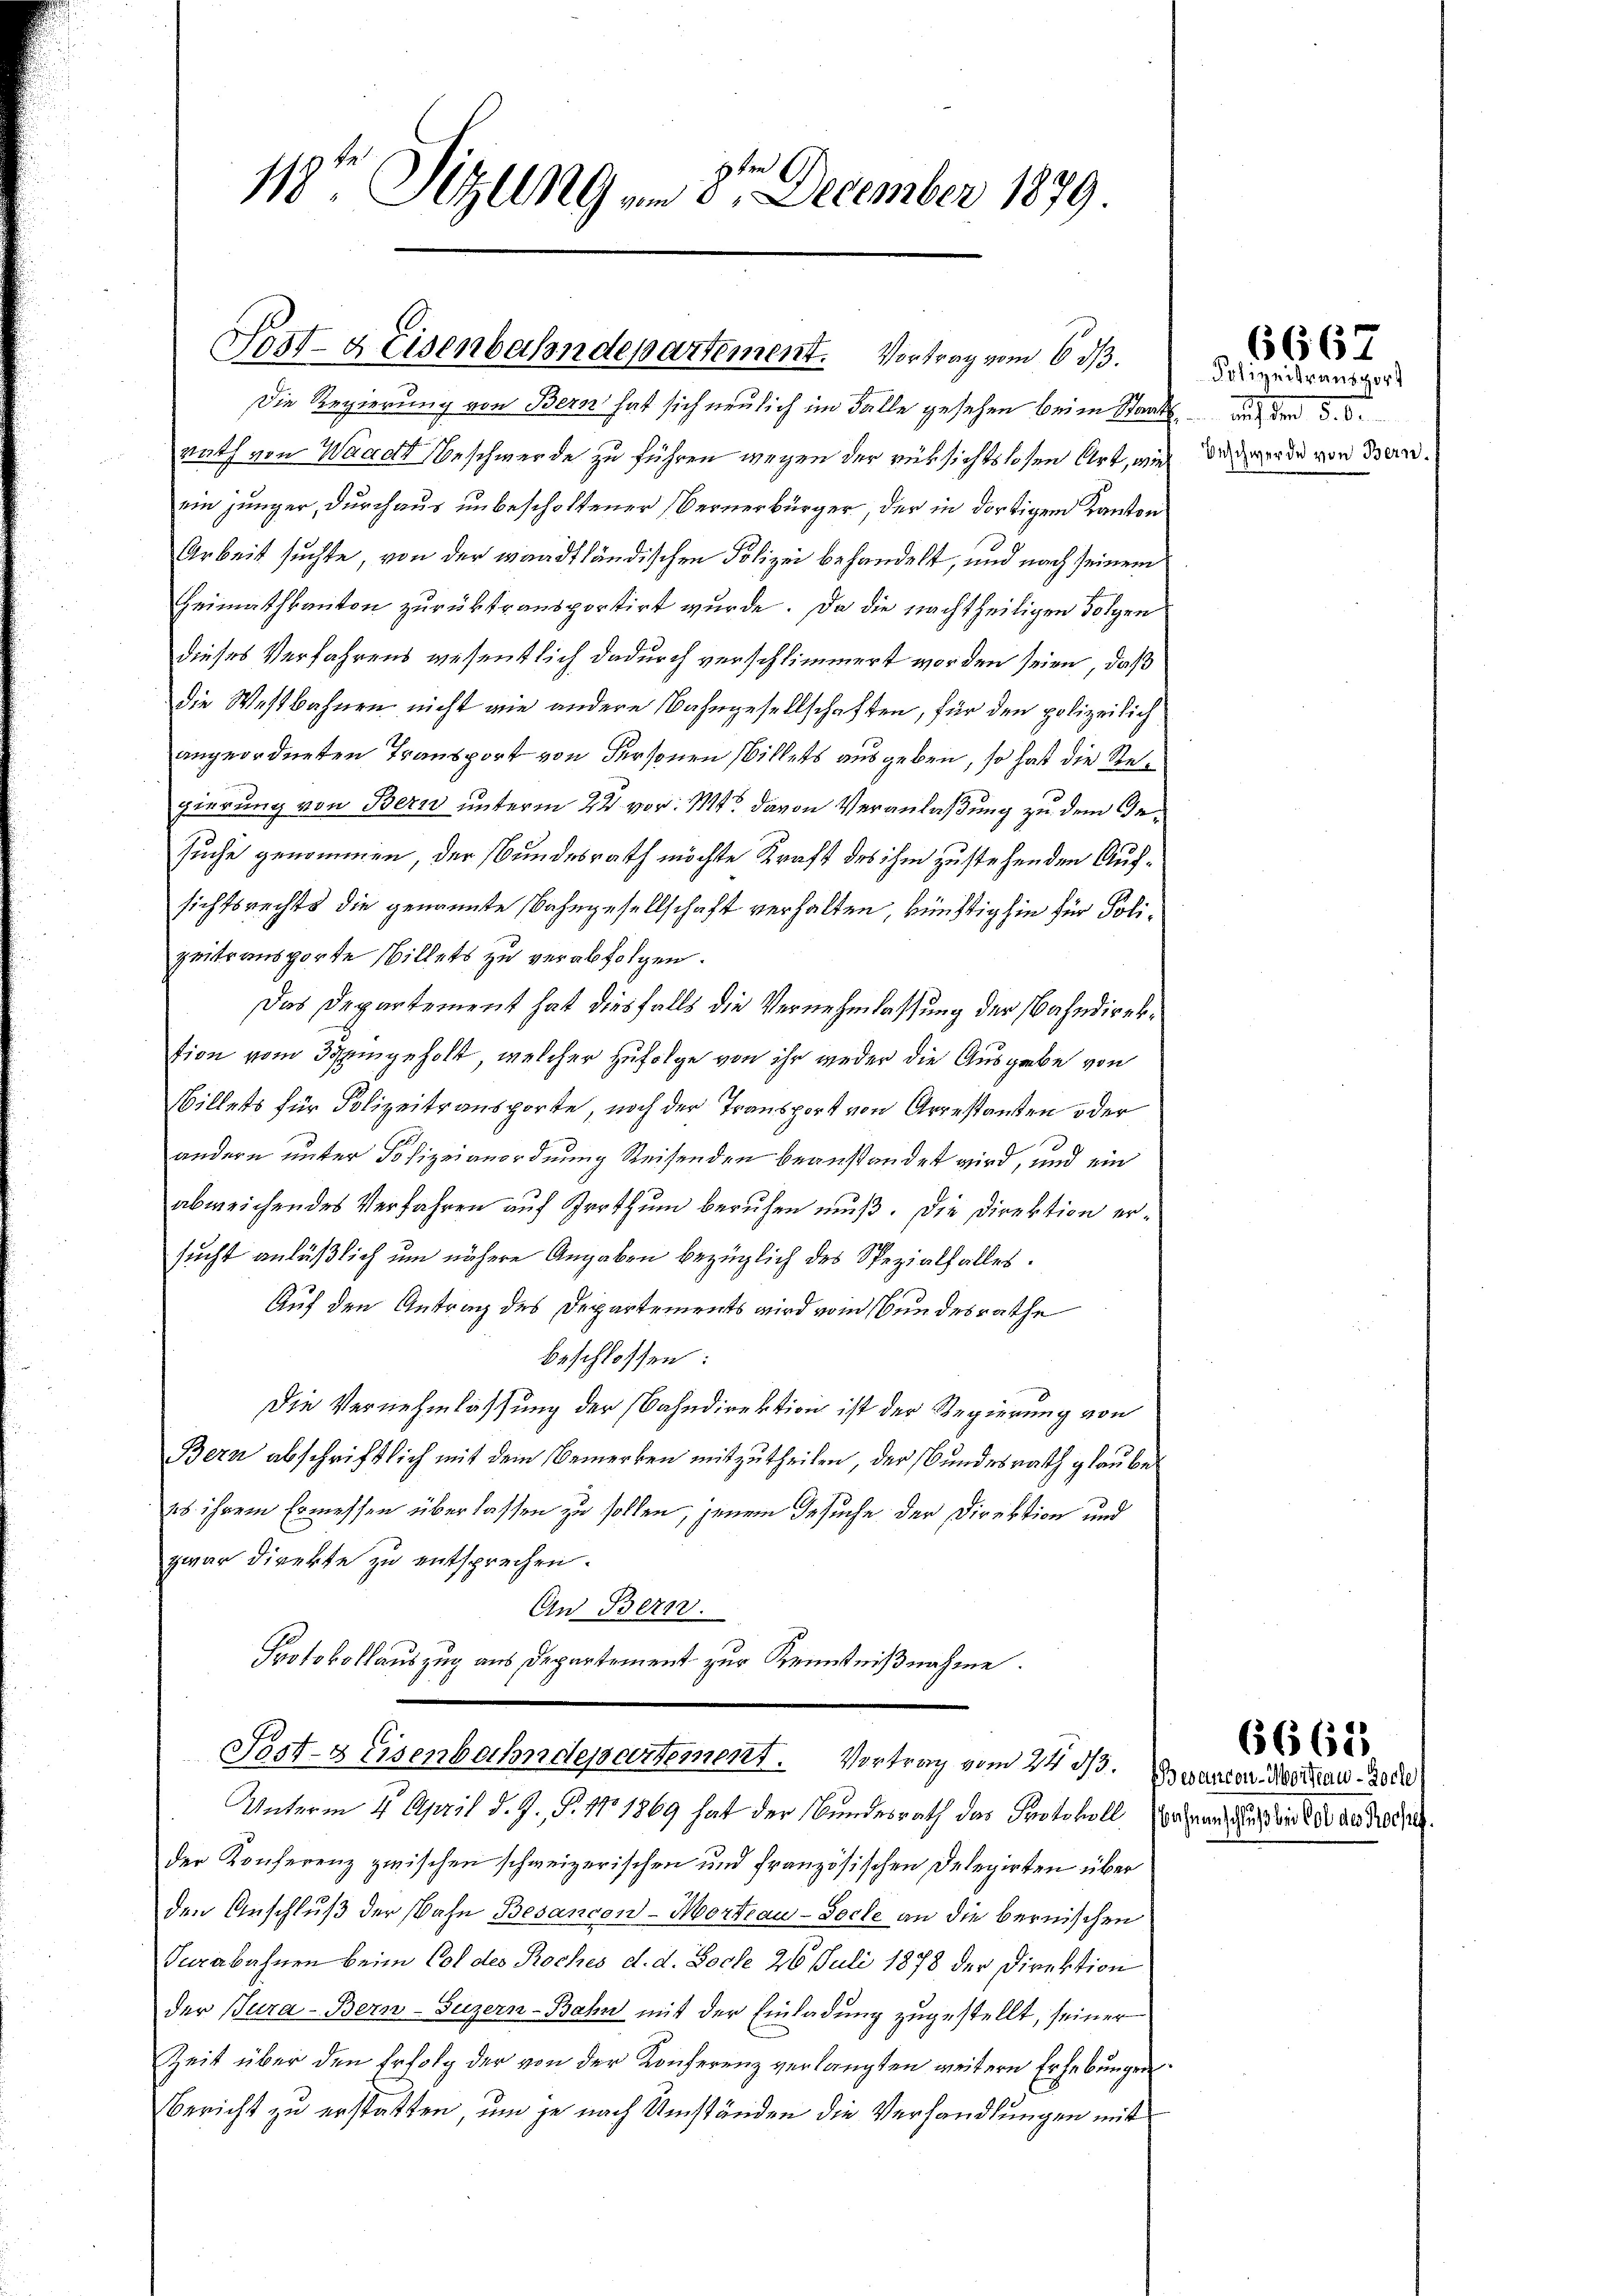
118te Sitzung am 8ten December 1879.

Post- & Eisenbahndepartement. Vortrag vom 6. ds.

Die Regierung von Bern hat sich neulich im Falle gesehen beim Staatsrath von Waadt Beschwerde zu führen wegen der rüksichtslosen Art, wie
ein jünger, durchaus unbescholtener Bernerbürger, der in dortigem Kanton
Arbeit suchte, von der waadtländischen Polizei behandelt, und nach seinem
Heimathkanton zurücktransportirt wurde. Da die nachtheiligen Folgen
dieses Verfahrens wesentlich dadurch verschlimmert worden seien, daß
die Westbahnen nicht wie andere Bahngesellschaften, für den polizeilich
angeordneten Transport von Personen Willets ausgeben, so hat die Regierung von Bern unterm 22 vor. Mts. davon Veranlaßung zu dem Gesuche genommen, der Bundesrath möchte Kraft des ihm zu stehenden Aufsichtsrechts die genannte Bahngesellschaft verhalten, künftighin für Polizeitsansporte Willets zu verabfolgen.
Das Departement hat diesfalls die Vernehmlassung der Bahndirektion vom 3 eingeholt, welcher zufolge von ihr weder die Ausgabe von
Billets für Polizeitransporte, noch der Transport von Arrestanden oder
andern unter Polizeianordnung Reisenden beanstandet wird, und ein
abweichendes Verfahren auf Irrthum beruhen muß. Die Direktion ersucht anläßlich um nähere Angaben bezüglich des Spezialfalles.
Auf den Antrag des Departements wird vom Bundesrathe
beschlossen:
Die Vernehmlassung der Bahndirektion ist der Regierung von
Bern abschriftlich mit dem Bemerken mitzutheilen, der Bundesrath glaubet
28 ihrem Ermessen überlassen zu sollen, jenem Gesuche der Direktion und
zwar direkte zu entsprechen.
An Bern.
Protokollauszug aus Departement zur Kenntnißnahme.
Pestz Eisenbahndepartement. Vortrag vom 24. d. Baron Mertausch
Unterm 4. April d. J. P. Nr. 1869 hat der Bundesrath das Protokoll wahren und der da dersel
der Konferenz zwischen schweizerischen und französischen Delegirten über
den Anschluß der Wahn Besancon-Mortiau-Socke an die bernischen
Turabahnen beim Col des Roches d. d. Socke 26 Juli 1878 der Direktion
der Bura-Bern-Luzern-Bahn mit der Einladung zugestellt, seiner
Zeit über den Erfolg der von der Konferenz verlangten weitern Erhebungen
Bericht zu erstatten, um je nach Umständen die Verhandlungen mit

Orlizeitransport
 auf den 8. 6
Beschwerde von Bern.

6667

6662